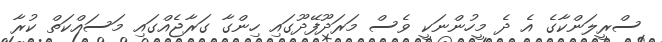
ސްރީލަންކާގެ އެ ދެ މީހުންނަކީ ވެސް މަރަދޫފޭދޫގައި ހިންގާ ގަރާޖެއްގައި މަސައްކަތް ކުރާ